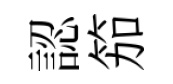
認笳